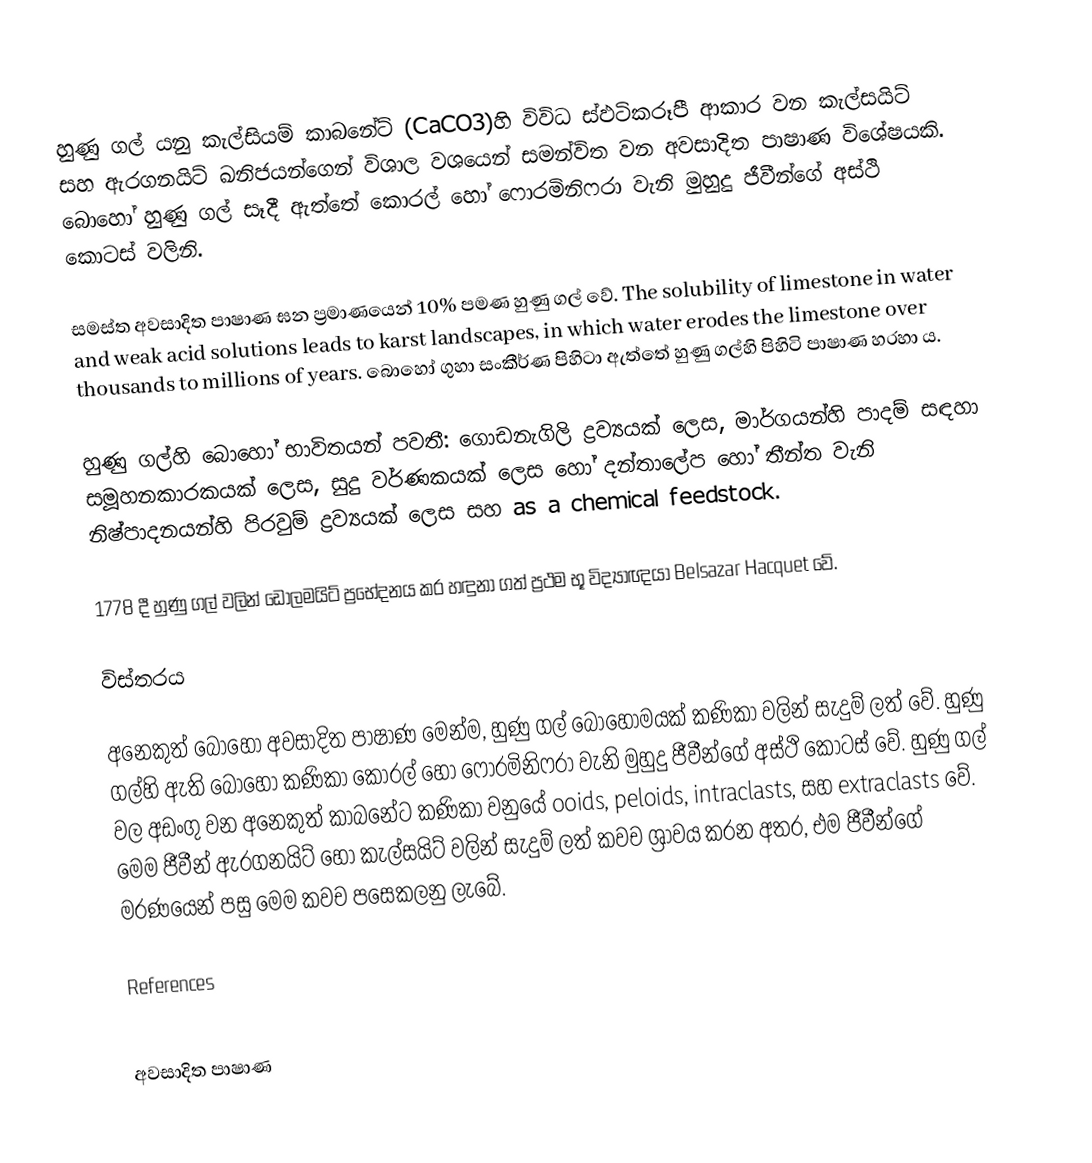
හුණු ගල් යනු කැල්සියම් කාබනේට් (CaCO3)හි විවිධ ස්ඵටිකරූපී ආකාර වන කැල්සයිට් සහ ඇරගනයිට් ඛනිජයන්ගෙන් විශාල වශයෙන් සමන්විත වන  අවසාදිත පාෂාණ විශේෂයකි. බොහෝ හුණු ගල් සෑදී ඇත්තේ කොරල් හෝ ෆොරමිනිෆරා වැනි මුහුදු ජීවීන්ගේ අස්ථි කොටස් වලිනි.

සමස්ත අවසාදිත පාෂාණ ඝන ප්‍රමාණයෙන් 10% පමණ හුණු ගල් වේ.  The solubility of limestone in water and weak acid solutions leads to karst landscapes, in which water erodes the limestone over thousands to millions of years. බොහෝ ගුහා සංකීර්ණ පිහිටා ඇත්තේ හුණු ගල්හි පිහිටි පාෂාණ හරහා ය.

හුණු ගල්හි බොහෝ භාවිතයන් පවතී: ගොඩනැගිලි ද්‍රව්‍යයක් ලෙස, මාර්ගයන්හි පාදම් සඳහා සමූහනකාරකයක් ලෙස, සුදු වර්ණකයක් ලෙස හෝ දන්තාලේප හෝ තීන්ත වැනි නිෂ්පාදනයන්හි පිරවුම් ද්‍රව්‍යයක් ලෙස සහ as a chemical feedstock.

1778 දී හුණු ගල් වලින් ඩොලමයිට් ප්‍රභේදනය කර හඳුනා ගත් ප්‍රථම භූ විද්‍යාඥයා Belsazar Hacquet වේ.

විස්තරය

අනෙකුත් බොහෝ අවසාදිත පාෂාණ මෙන්ම, හුණු ගල් බොහොමයක් කණිකා වලින් සැදුම් ලත් වේ. හුණු ගල්හි ඇති බොහෝ කණිකා කොරල් හෝ ෆොරමිනිෆරා වැනි මුහුදු ජීවීන්ගේ අස්ථි කොටස් වේ. හුණු ගල් වල අඩංගු වන අනෙකුත් කාබනේට කණිකා වනුයේ ooids, peloids, intraclasts, සහ extraclasts වේ. මෙම ජීවීන් ඇරගනයිට් හෝ කැල්සයිට් වලින් සැදුම් ලත් කවච ශ්‍රාවය කරන අතර, එම ජීවීන්ගේ මරණයෙන් පසු මෙම කවච පසෙකලනු ලැබේ.

References

අවසාදිත පාෂාණ